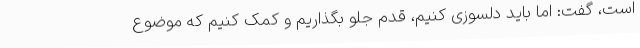
است، گفت: اما باید دلسوزی کنیم، قدم جلو بگذاریم و کمک کنیم که موضوع